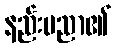
နည်းပညာ၏